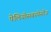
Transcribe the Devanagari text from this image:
पेलियोसबस्पेसीज